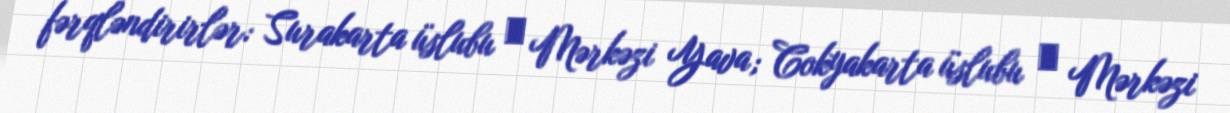
fərqləndirirlər: Surakarta üslubu ― Mərkəzi Yava; Cokyakarta üslubu ― Mərkəzi